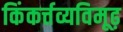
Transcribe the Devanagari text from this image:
किंकर्त्तव्यविमूढ़